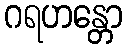
ဂရဟန္တော